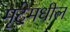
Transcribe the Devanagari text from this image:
मृदेमधील